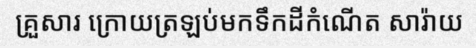
គ្រួសារ ក្រោយត្រឡប់មកទឹកដីកំណើត សារ៉ាយ